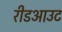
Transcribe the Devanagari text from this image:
रीडआउट